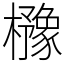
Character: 櫲